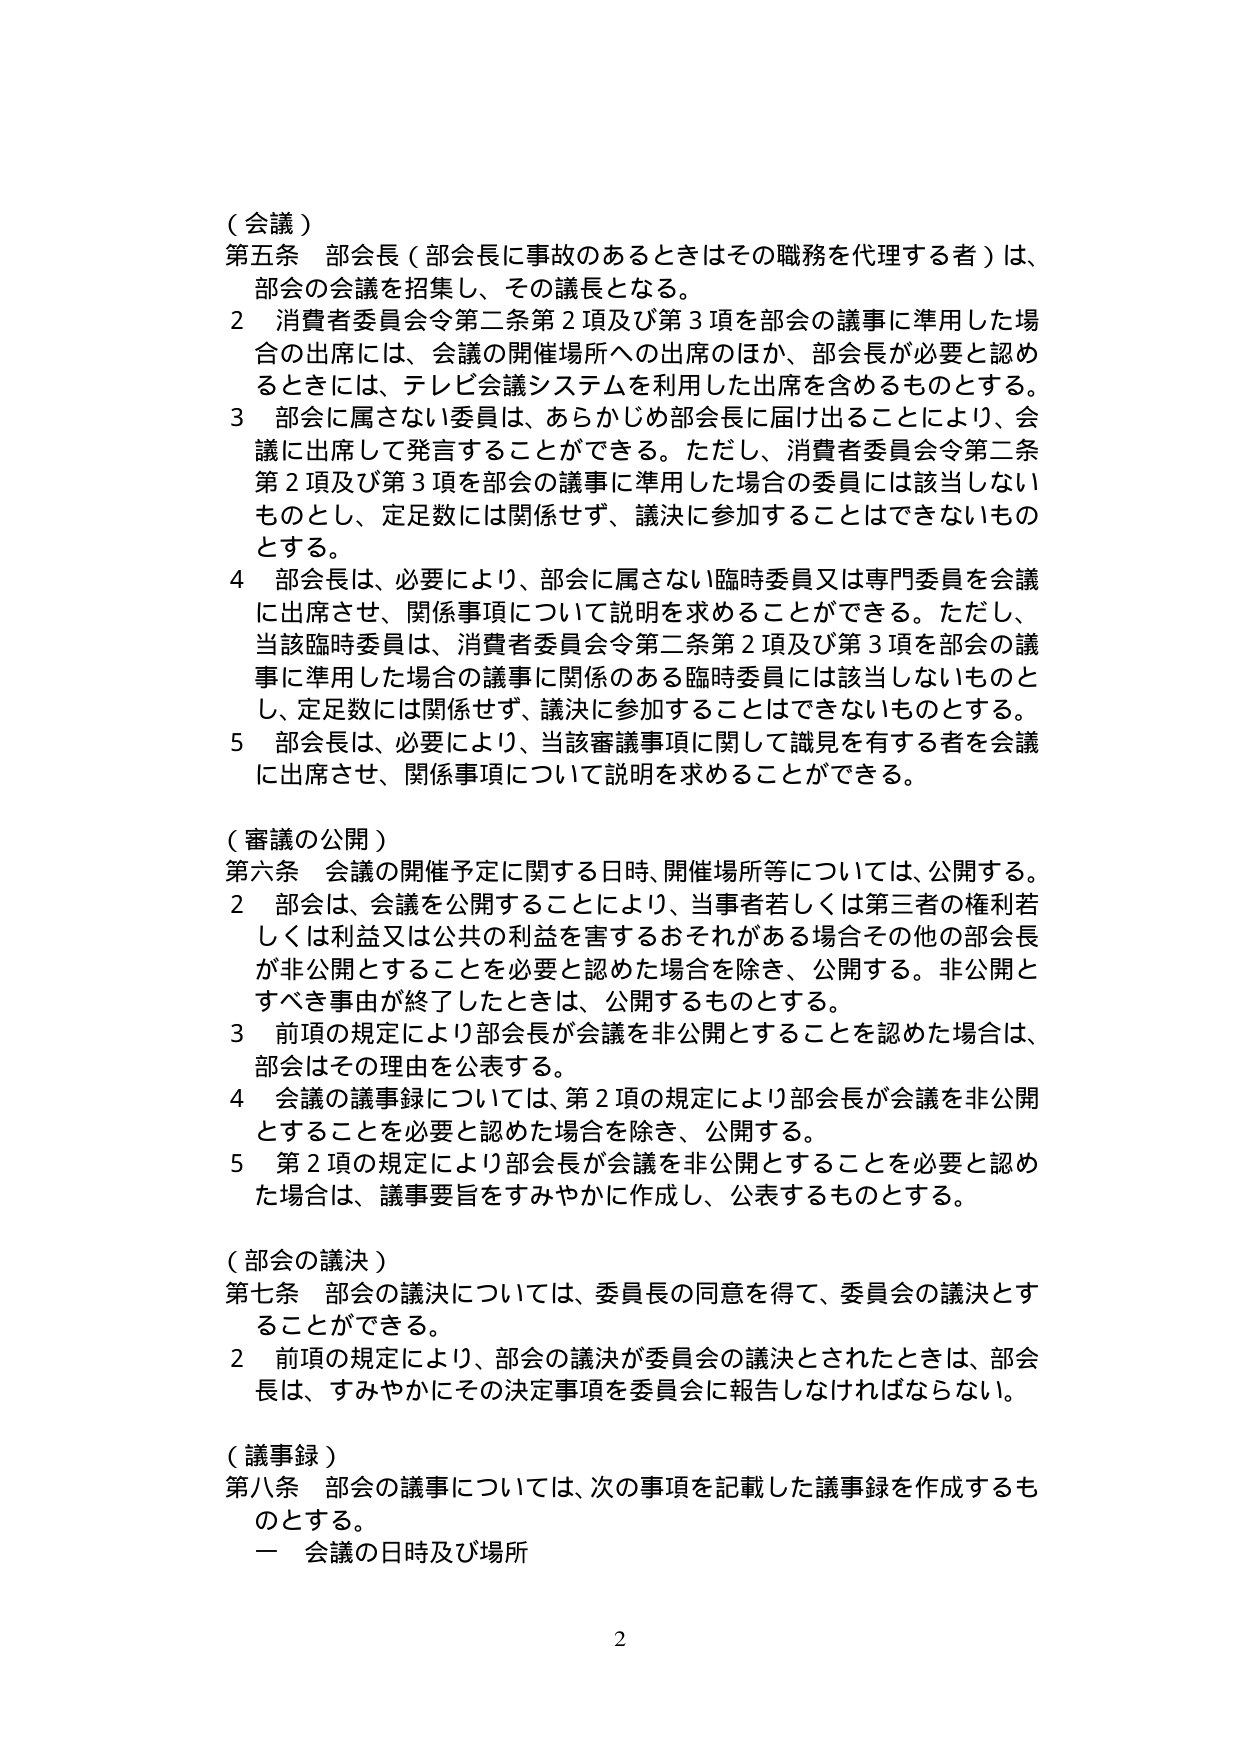
（会議）
第五条　部会長（部会長に事故のあるときはその職務を代理する者）は、
部会の会議を招集し、その議長となる。
２　消費者委員会令第二条第２項及び第３項を部会の議事に準用した場
合の出席には、会議の開催場所への出席のほか、部会長が必要と認め
るときには、テレビ会議システムを利用した出席を含めるものとする。
３　部会に属さない委員は、あらかじめ部会長に届け出ることにより、会
議に出席して発言することができる。ただし、消費者委員会令第二条
第２項及び第３項を部会の議事に準用した場合の委員には該当しない
ものとし、定足数には関係せず、議決に参加することはできないもの
とする。
４　部会長は、必要により、部会に属さない臨時委員又は専門委員を会議
に出席させ、関係事項について説明を求めることができる。ただし、
当該臨時委員は、消費者委員会令第二条第２項及び第３項を部会の議
事に準用した場合の議事に関係のある臨時委員には該当しないものと
し、定足数には関係せず、議決に参加することはできないものとする。
５　部会長は、必要により、当該審議事項に関して識見を有する者を会議
に出席させ、関係事項について説明を求めることができる。

（審議の公開）
第六条　会議の開催予定に関する日時、開催場所等については、公開する。
２　部会は、会議を公開することにより、当事者若しくは第三者の権利若
しくは利益又は公共の利益を害するおそれがある場合その他の部会長
が非公開とすることを必要と認めた場合を除き、公開する。非公開と
すべき事由が終了したときは、公開するものとする。
３　前項の規定により部会長が会議を非公開とすることを認めた場合は、
部会はその理由を公表する。
４　会議の議事録については、第２項の規定により部会長が会議を非公開
とすることを必要と認めた場合を除き、公開する。
５　第２項の規定により部会長が会議を非公開とすることを必要と認め
た場合は、議事要旨をすみやかに作成し、公表するものとする。

（部会の議決）
第七条　部会の議決については、委員長の同意を得て、委員会の議決とす
ることができる。
２　前項の規定により、部会の議決が委員会の議決とされたときは、部会
長は、すみやかにその決定事項を委員会に報告しなければならない。

（議事録）
第八条　部会の議事については、次の事項を記載した議事録を作成するも
のとする。
　一　会議の日時及び場所

2